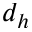
d _ { h }